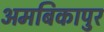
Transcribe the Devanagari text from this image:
अमबिकापुर